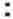
: